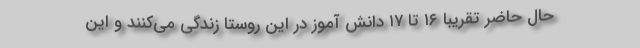
حال حاضر تقریبا ۱۶ تا ۱۷ دانش آموز در این روستا زندگی می‌کنند و این